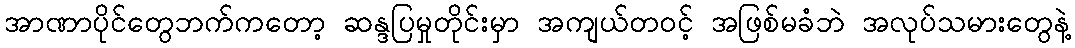
အာဏာပိုင်တွေဘက်ကတော့ ဆန္ဒပြမှုတိုင်းမှာ အကျယ်တဝင့် အဖြစ်မခံဘဲ အလုပ်သမားတွေနဲ့